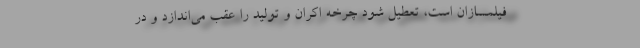
فیلمسازان است، تعطیل شود چرخه اکران و تولید را عقب می‌اندازد و در